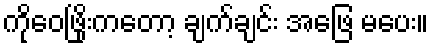
ကိုဝေဖြိုးကတော့ ချက်ချင်း အဖြေ မပေး။